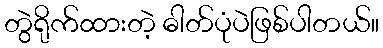
တွဲရိုက်ထားတဲ့ ဓါတ်ပုံပဲဖြစ်ပါတယ်။